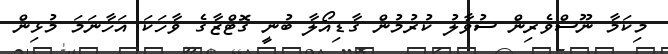
މިކަމާ ނޫސްވެރިން ސުވާލު ކުރުމުން ގާޑިއޯލާ ބުނީ ގޮޓްޒާގެ ވާހަކަ އަހާނަމަ މުޅިން